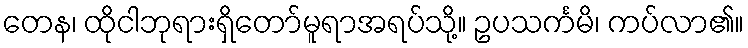
တေန၊ ထိုငါဘုရားရှိတော်မူရာအရပ်သို့။ ဥပသင်္ကမိ၊ ကပ်လာ၏။